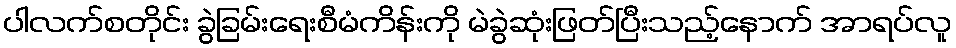
ပါလက်စတိုင်း ခွဲခြမ်းရေးစီမံကိန်းကို မဲခွဲဆုံးဖြတ်ပြီးသည့်နောက် အာရပ်လူ